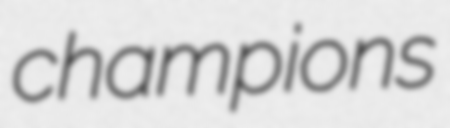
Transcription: champions